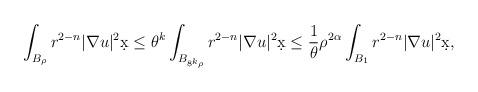
LaTeX: \begin{align*}\int_{B_{\rho}} r^{2-n} |\nabla u|^2 \d x &\leq \theta^k \int_{B_{8^k\rho}} r^{2-n} |\nabla u|^2 \d x \leq \frac{1}{\theta} \rho^{2\alpha} \int_{B_1} r^{2-n} |\nabla u|^2 \d x,\end{align*}